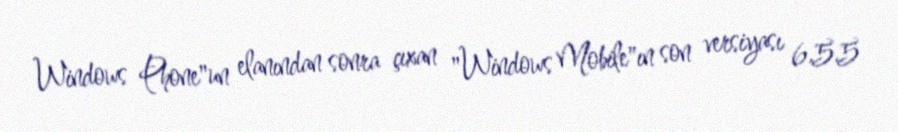
Windows Phone"un elanından sonra çıxan "Windows Mobile"ın son versiyası 6.5.5